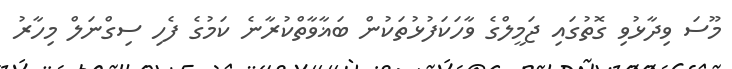
މޫސަ ވިދާޅުވި ގޮތުގައި ޖަމީލްގެ ވާހަކަފުޅުތަކުން ބަޣާވާތްކުރާނެ ކަމުގެ ފެހި ސިގްނަލް މިހާރު